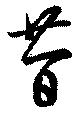
昔